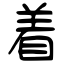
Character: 着